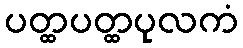
ပတ္ထပတ္ထပုလကံ